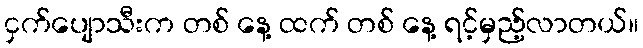
ငှက်ပျောသီးက တစ် နေ့ ထက် တစ် နေ့ ရင့်မှည့်လာတယ်။